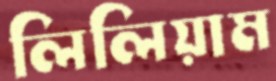
লিলিয়াম